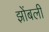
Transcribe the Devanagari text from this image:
झोंबली